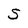
Character: S